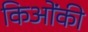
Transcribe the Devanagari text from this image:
किओंकी